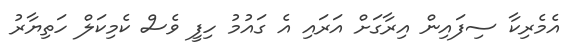
އެމެރިކާ ސިފައިން އިރާގަށް އަރައި އެ ގައުމު ހިފީ ވެސް ކެމިކަލް ހަތިޔާރު